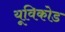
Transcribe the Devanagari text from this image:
यूविकोड